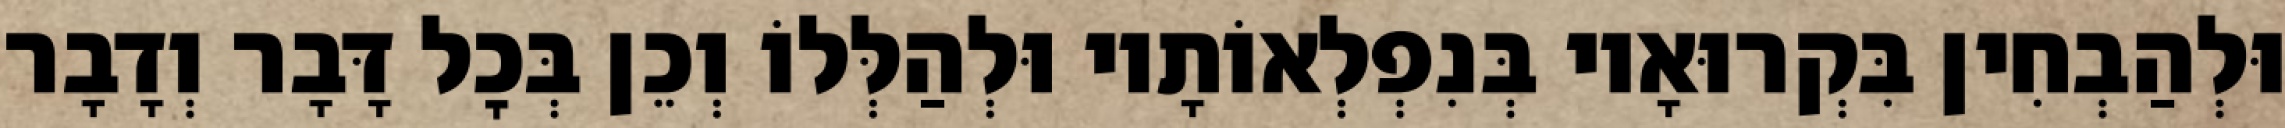
וּלְהַבְחִין בִּקְרוּאָיו בְּנִפְלְאוֹתָיו וּלְהַלְּלוֹ וְכֵן בְּכׇל דָּבָר וְדָבָר